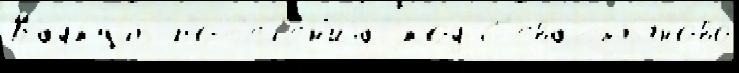
Кадкуль пос'ел'е́н'иjа код С'евастьяново